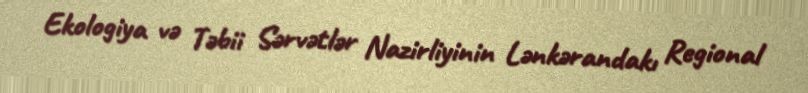
Ekologiya və Təbii Sərvətlər Nazirliyinin Lənkərandakı Regional